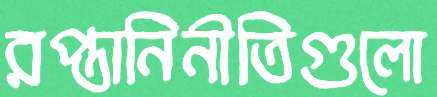
রপ্তানিনীতিগুলো